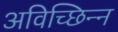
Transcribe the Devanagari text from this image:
अविच्छिन्‍न